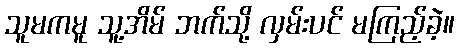
သူမကမူ သူ့အိမ် ဘက်သို့ လှမ်းပင် မကြည့်ခဲ့။